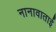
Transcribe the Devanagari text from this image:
नानावाताई